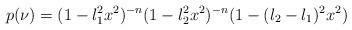
LaTeX: \begin{align*}p(\nu) = (1-l_1^2x^2)^{-n}(1-l_2^2x^2)^{-n}(1-(l_2-l_1)^2x^2)\end{align*}